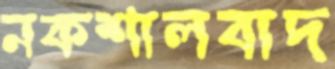
নকশালবাদ